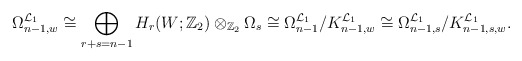
\begin{align*}\Omega^{\mathcal{L}_1}_{n-1,w}\cong\bigoplus_{r+s=n-1}H_r(W;{\mathbb Z}_2)\otimes_{{\mathbb Z}_2}\Omega_s\cong\Omega^{\mathcal{L}_1}_{n-1}/K^{\mathcal{L}_1}_{n-1,w}\cong\Omega^{\mathcal{L}_1}_{n-1,s}/K^{\mathcal{L}_1}_{n-1,s,w}.\end{align*}